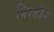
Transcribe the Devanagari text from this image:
बिश्हीन